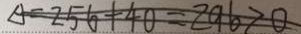
\Delta = 2 5 6 + 4 0 = 2 9 6 > 0